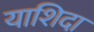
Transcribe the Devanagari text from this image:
याशिदा